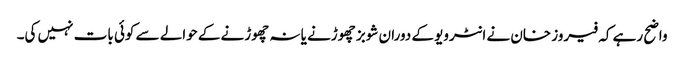
واضح رہے کہ فیروز خان نے انٹرویو کے دوران شوبز چھوڑنے یا نہ چھوڑنے کے حوالے سے کوئی بات نہیں کی۔